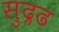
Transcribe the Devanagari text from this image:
सुद्रढ